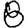
Digit: 8